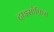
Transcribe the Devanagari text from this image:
ट्राइसोफ़िस